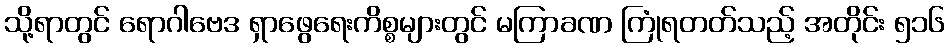
သို့ရာတွင် ရောဂါဗေဒ ရှာဖွေရေးကိစ္စများတွင် မကြာခဏ ကြုံရတတ်သည့် အတိုင်း ၅၁၆